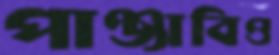
পাঞ্জাবিও